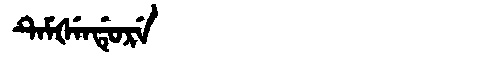
Manchu: ᡨᡝᠮᡧᡝᠨᡩᡠᡵᡝ
Romanization: TEMŠENDURE